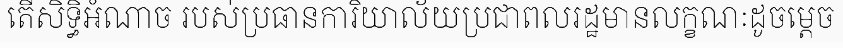
តើសិទ្ធិអំណាច របស់ប្រធានការិយាល័យប្រជាពលរដ្ឋមានលក្ខណៈដូចម្តេច